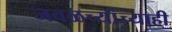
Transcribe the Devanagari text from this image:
जवळच्यांच्याही